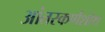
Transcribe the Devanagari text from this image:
आंतरकर्णशोथ